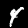
Label: 4